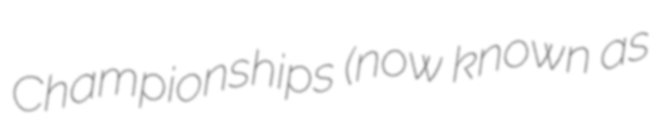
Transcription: Championships (now known as